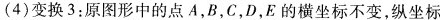
(4)变换3：原图形中的点A，B，C，D，E的横坐标不变，纵坐标